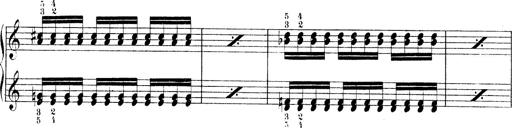
Title: Technische Studien
Composer: Franz Liszt